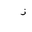
Letter: _zay